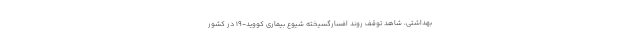
بهداشتی، شاهد توقف روند افسارگسیخته شیوع بیماری کووید-۱۹ در کشور